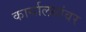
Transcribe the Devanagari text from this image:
कार्यालयांवर